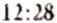
12:28